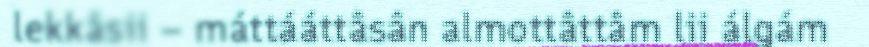
lekkâsii – máttááttâsân almottâttâm lii álgám